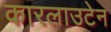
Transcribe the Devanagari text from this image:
कारलाउटेन